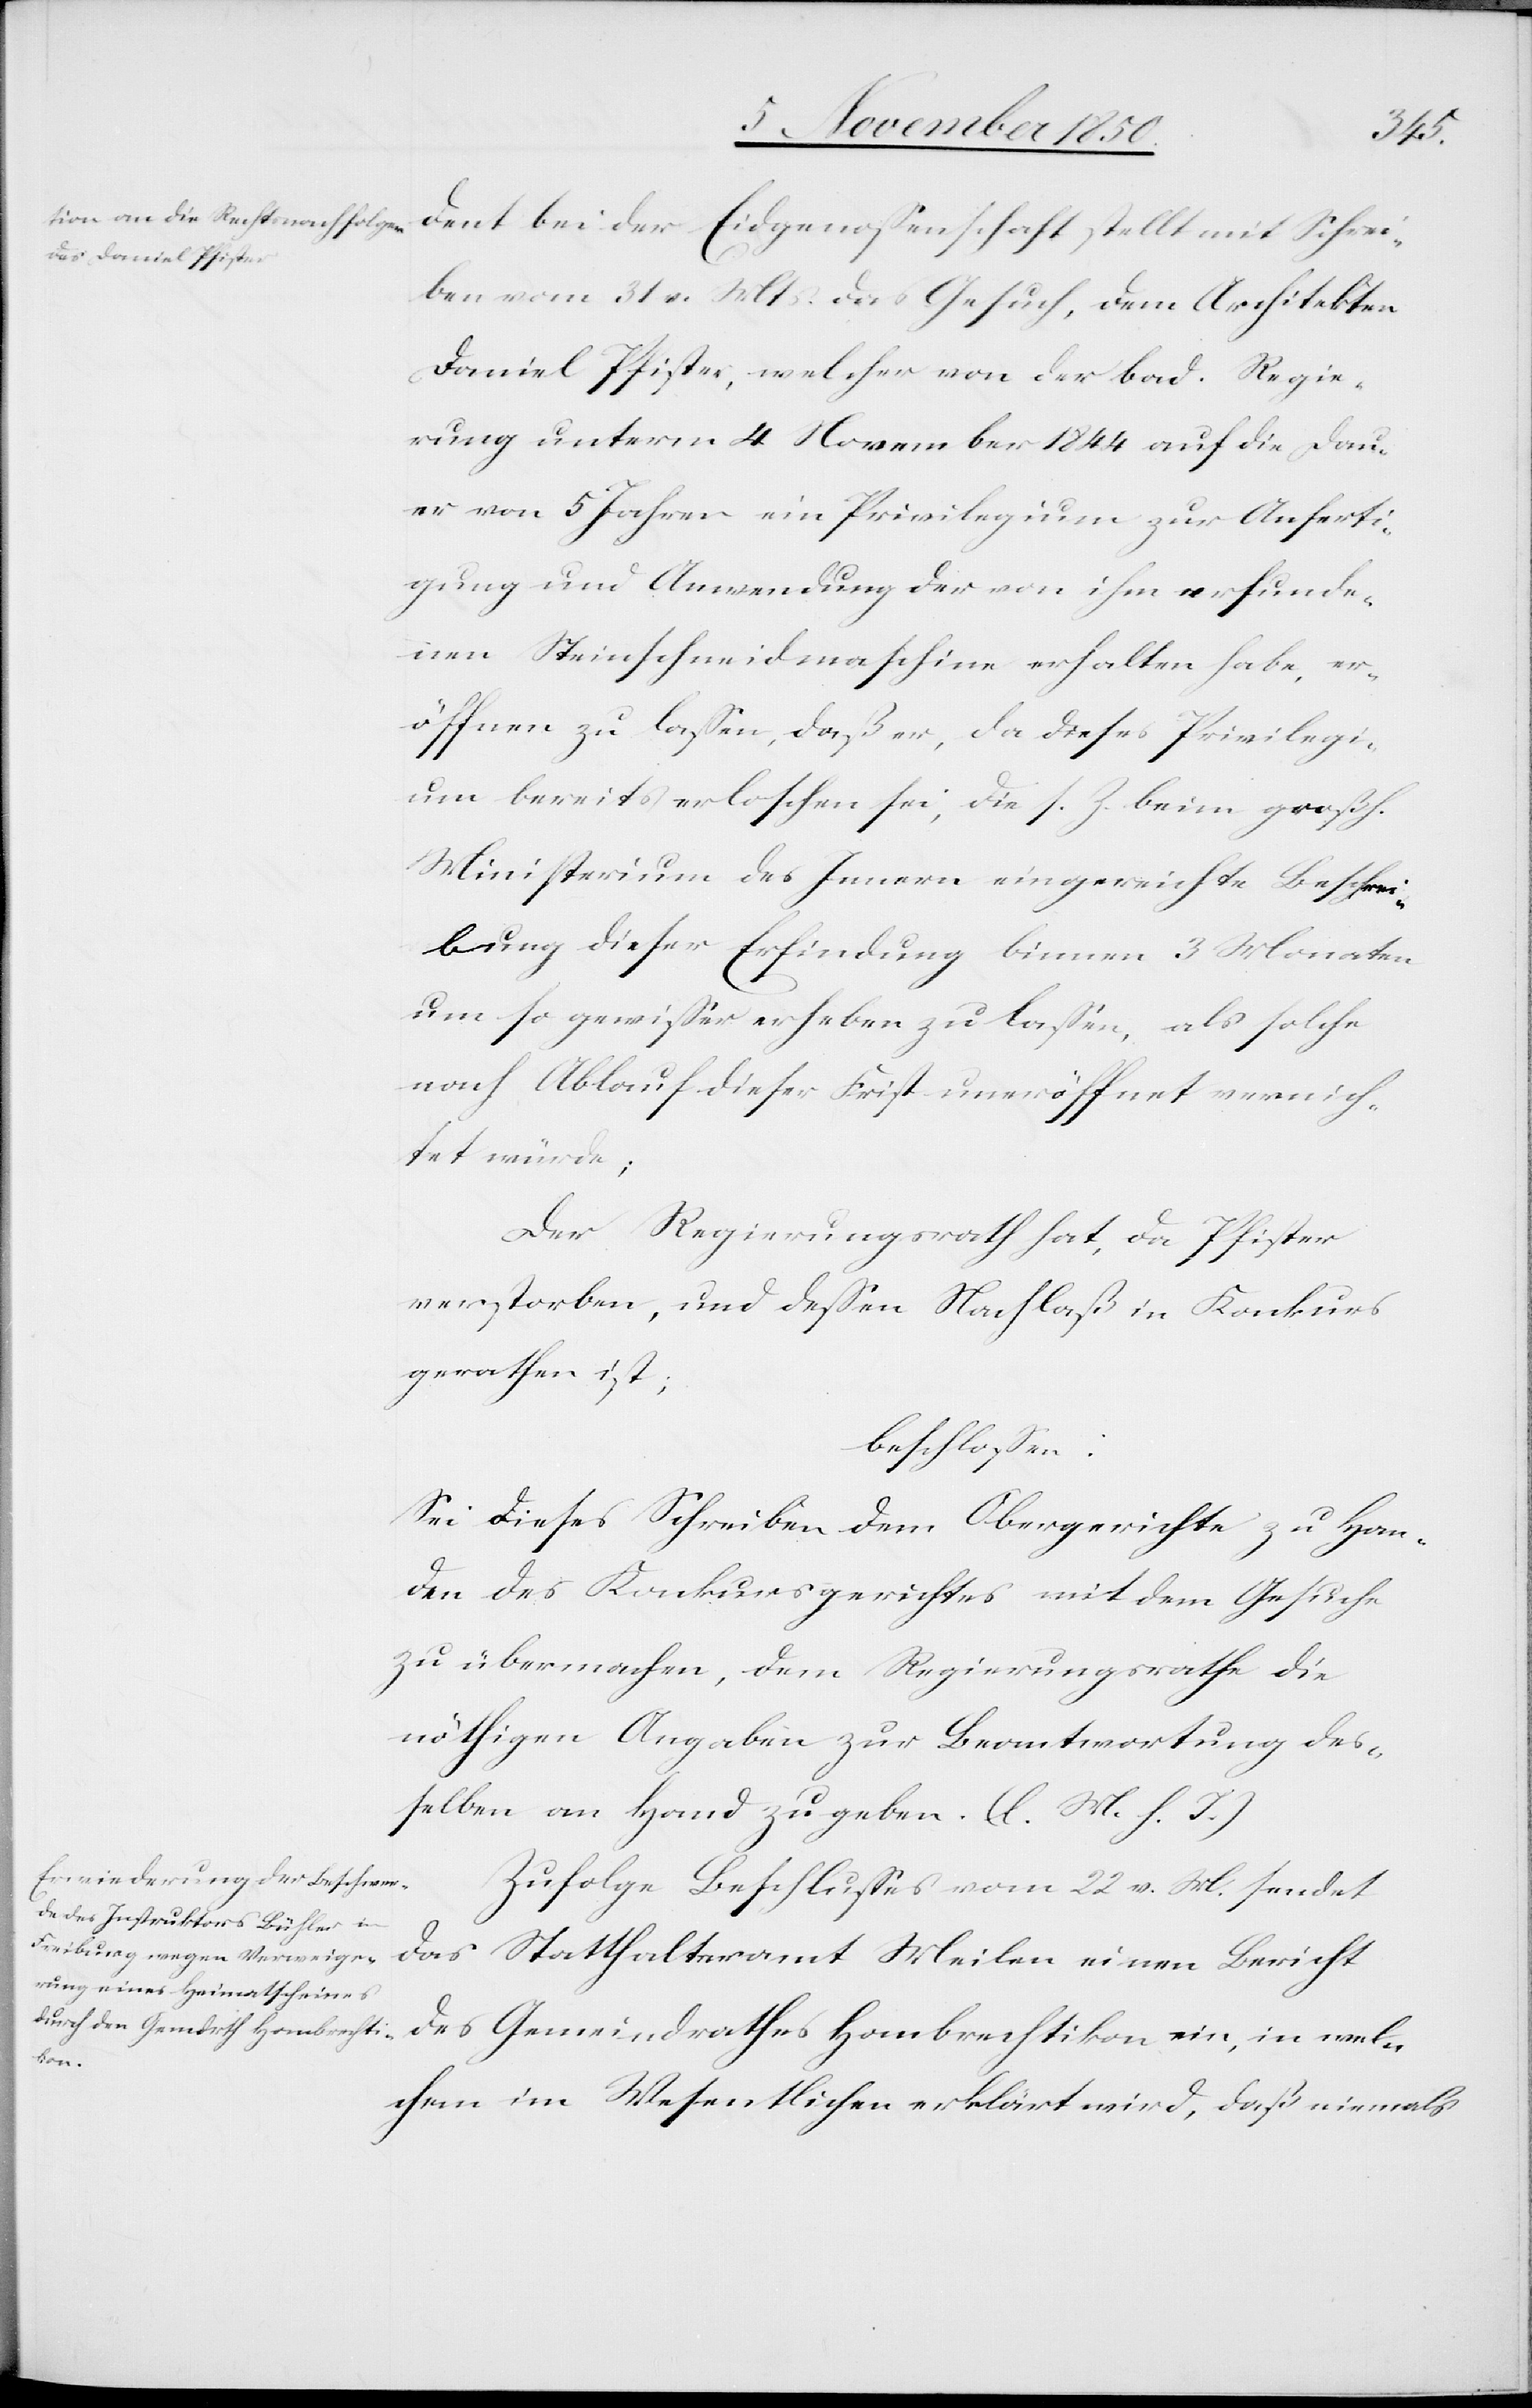
dent bei der Eidgenossenschaft stellt mit Schrei¬
ben vom 31 v. Mts. das Gesuch, dem Architekten
Daniel Pfister, welcher von der bad. Regie¬
rung unterm 4 November 1844 auf die Dau¬
er von 5 Jahren ein Privilegium zur Anferti¬
gung und Anwendung der von ihm erfunde¬
nen Steinschneidmaschine erhalten habe, er¬
öffnen zu lassen, daß er, da dieses Privilegi¬
um bereits erloschen sei, die s. Z. beim großh.
Ministerium des Innern eingereichte Beschrei¬
bung dieser Erfindung binnen 3 Monaten
um so gewisser erheben zu lassen, als solche
nach Ablauf dieser Frist uneröffnet vernich¬
tet würde;
Der Regierungsrath hat, da Pfister
verstorben, und dessen Nachlaß in Konkurs
gerathen ist;
beschlossen:
Sei dieses Schreiben dem Obergerichte zu Han¬
den des Konkursgerichtes mit dem Gesuche
zu übermachen, dem Regierungsrathe die
nöthigen Angaben zur Beantwortung des¬
selben an Hand zu geben. (l. M. h. T.)
Zufolge Beschlusses vom 22 v. M. sendet
Meilen einen Bericht des Gemeindrathes Hombrechtikon ein, in wel¬
chem im Wesentlichen erklärt wird, daß niemals